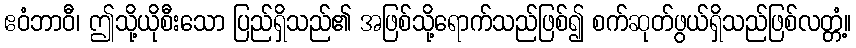
ဧဝံဘာဝီ၊ ဤသို့ယိုစီးသော ပြည်ရှိသည်၏ အဖြစ်သို့ရောက်သည်ဖြစ်၍ စက်ဆုတ်ဖွယ်ရှိသည်ဖြစ်လတ္တံ့။